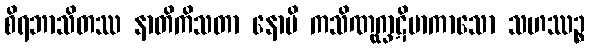
စိရဘာသိတဿ နာတိကိသတာ နောပိ ကသိဏုဂ္ဃာဋိမာကာသော သဟဿဉ္စ